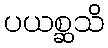
ပယစ္ဆသိ